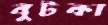
বুটকা